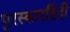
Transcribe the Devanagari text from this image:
पुरस्कारहिंदी